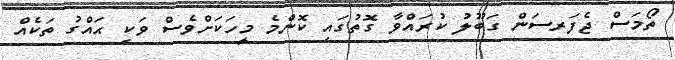
ތޯމަސް ޖެފަރސަން ގަބޫލު ކުރައްވާ ގޮތުގައި ކޮންމެ މީހަކަށްވެސް ވަކި ޙައްގު ތަކެއް